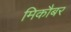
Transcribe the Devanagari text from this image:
मिकौबर